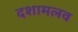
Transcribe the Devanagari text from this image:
दशामलव